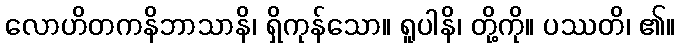
လောဟိတကနိဘာသာနိ၊ ရှိကုန်သော။ ရူပါနိ၊ တို့ကို။ ပဿတိ၊ ၏။